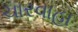
ચારવાહા